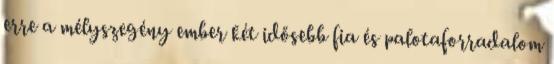
erre a mélyszegény ember két idősebb fia és palotaforradalom